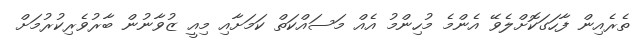
ތެރެއިން ފާހަގަކޮށްލެވޭ އެންމެ މުހިންމު އެއް މަސައްކަތް ކަމަށާއި މިއީ ޒުވާނުން ބާރުވެރިކުރުމަށް